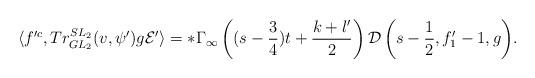
LaTeX: \begin{align*} \langle f'^c,Tr_{GL_2}^{SL_2}(v,\psi')g\mathcal{E'}\rangle=\ast\Gamma_\infty\left((s-\frac{3}{4})t+\frac{k+l'}{2}\right){\mathcal{D}\left(s-\frac{1}{2},f'_1-1,g\right)}. \end{align*}